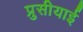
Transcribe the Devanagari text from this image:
प्रुसीयाई